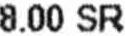
8.00 SR